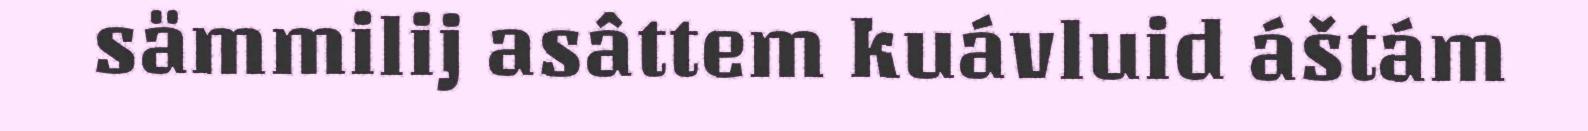
sämmilij asâttem kuávluid áštám